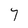
Character: 7